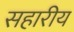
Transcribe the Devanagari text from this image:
सहारीय